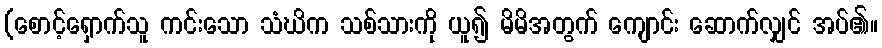
(စောင့်ရှောက်သူ ကင်းသော သံဃိက သစ်သားကို ယူ၍ မိမိအတွက် ကျောင်း ဆောက်လျှင် အပ်၏။